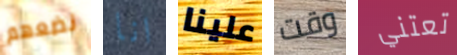
نضعهم انا علينا وقت تعتني